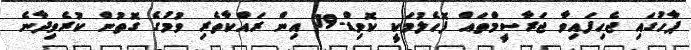
ޕާހުގައި ޖެހިފައިވާ ޖަރާސީމްތައް ފޮހެލުމަކީ ކޮވިޑް-19 އިން ރައްކާތެރި ވުމުގެ ގޮތުން ކުރެވިދާނެ